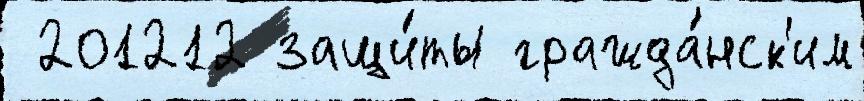
 201212 защи́ты гражда́нск'им